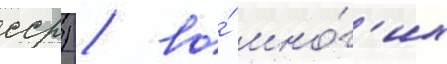
сср) / во́ мно́г'их